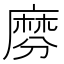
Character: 𪎕